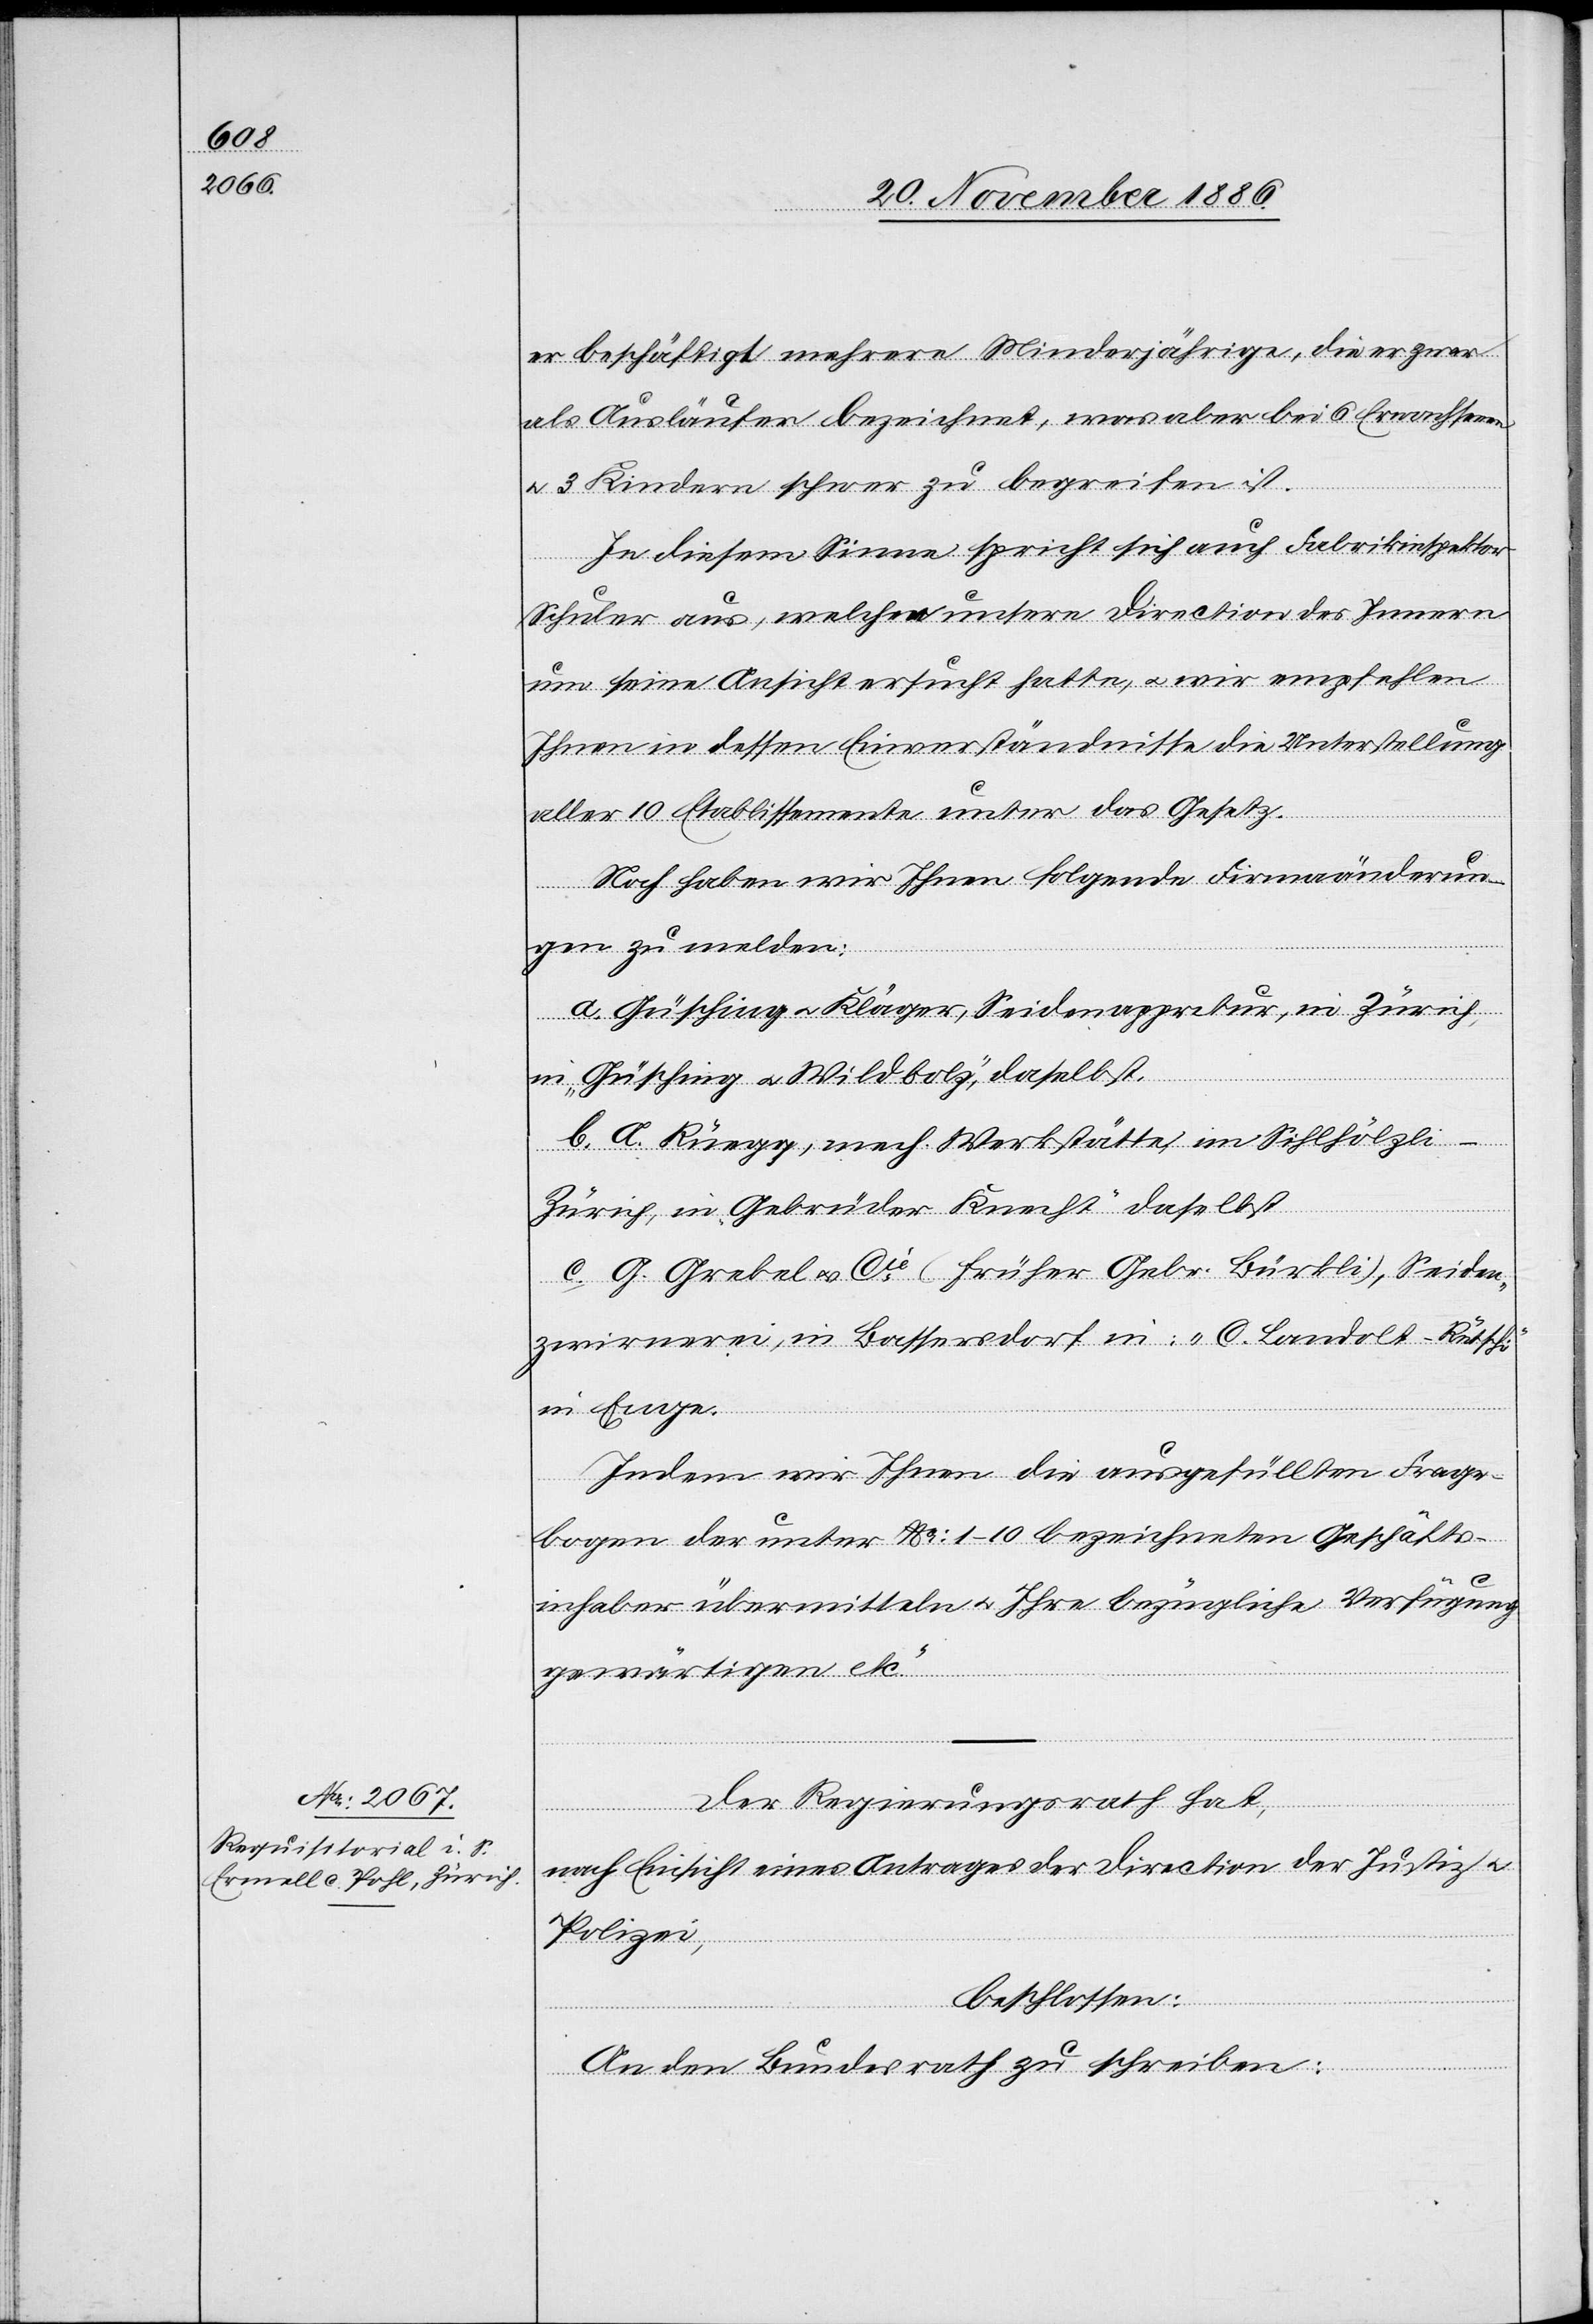
er beschäftigt mehrere Minderjährige, die er zwar
als Ausläufer bezeichnet, was aber bei 6 Erwachsenen
& 3 Kindern schwer zu begreifen ist.
In diesem Sinne spricht sich auch Fabrikinspektor
Schuler aus, welchen unsere Direction des Innern
um seine Ansicht ersucht hatte, & wir empfehlen
Ihnen in dessen Einverständnisse die Unterstellung
aller 10 Etablissemente unter das Gesetz.
Noch haben wir Ihnen folgende Firmaänderun¬
gen zu melden:
a. Güsching & Kläger, Seidenappretur, in Zürich,
in „Güsching & Wildbolz“, daselbst.
b. A. Rüegg, mech. Werkstätte, im Sihlhölzli
Zürich, in „Gebrüder Knecht“ daselbst.
c. G. Grebel & Cie (früher Gebr. Bürkli), Seiden¬
zwirnerei, in Bassersdorf in: „C. Landolt-Rütschi“
in Enge.
Indem wir Ihnen die ausgefüllten Frage¬
bogen der unter No 1–10 bezeichneten Geschäfts¬
inhaber übermitteln & Ihre bezügliche Verfügung
gewärtigen etc.“
Der Regierungsrath hat,
nach Einsicht eines Antrages der Direction der Justiz &
Polizei,
beschlossen:
An den Bundesrath zu schreiben: